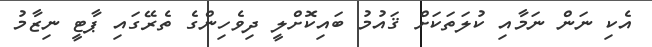
އެކި ނަން ނަމާއި ކުލަތަކަށް ޤައުމު ބައިކޮށްލީ ދިވެހިންގެ ތެރޭގައި ޕާޓީ ނިޒާމު